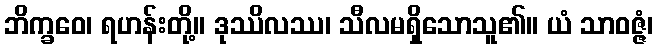
ဘိက္ခဝေ၊ ရဟန်းတို့။ ဒုဿိလဿ၊ သီလမရှိသောသူ၏။ ယံ သာဝဇ္ဇံ၊